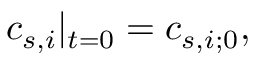
c _ { s , i } | _ { t = 0 } = c _ { s , i ; 0 } ,